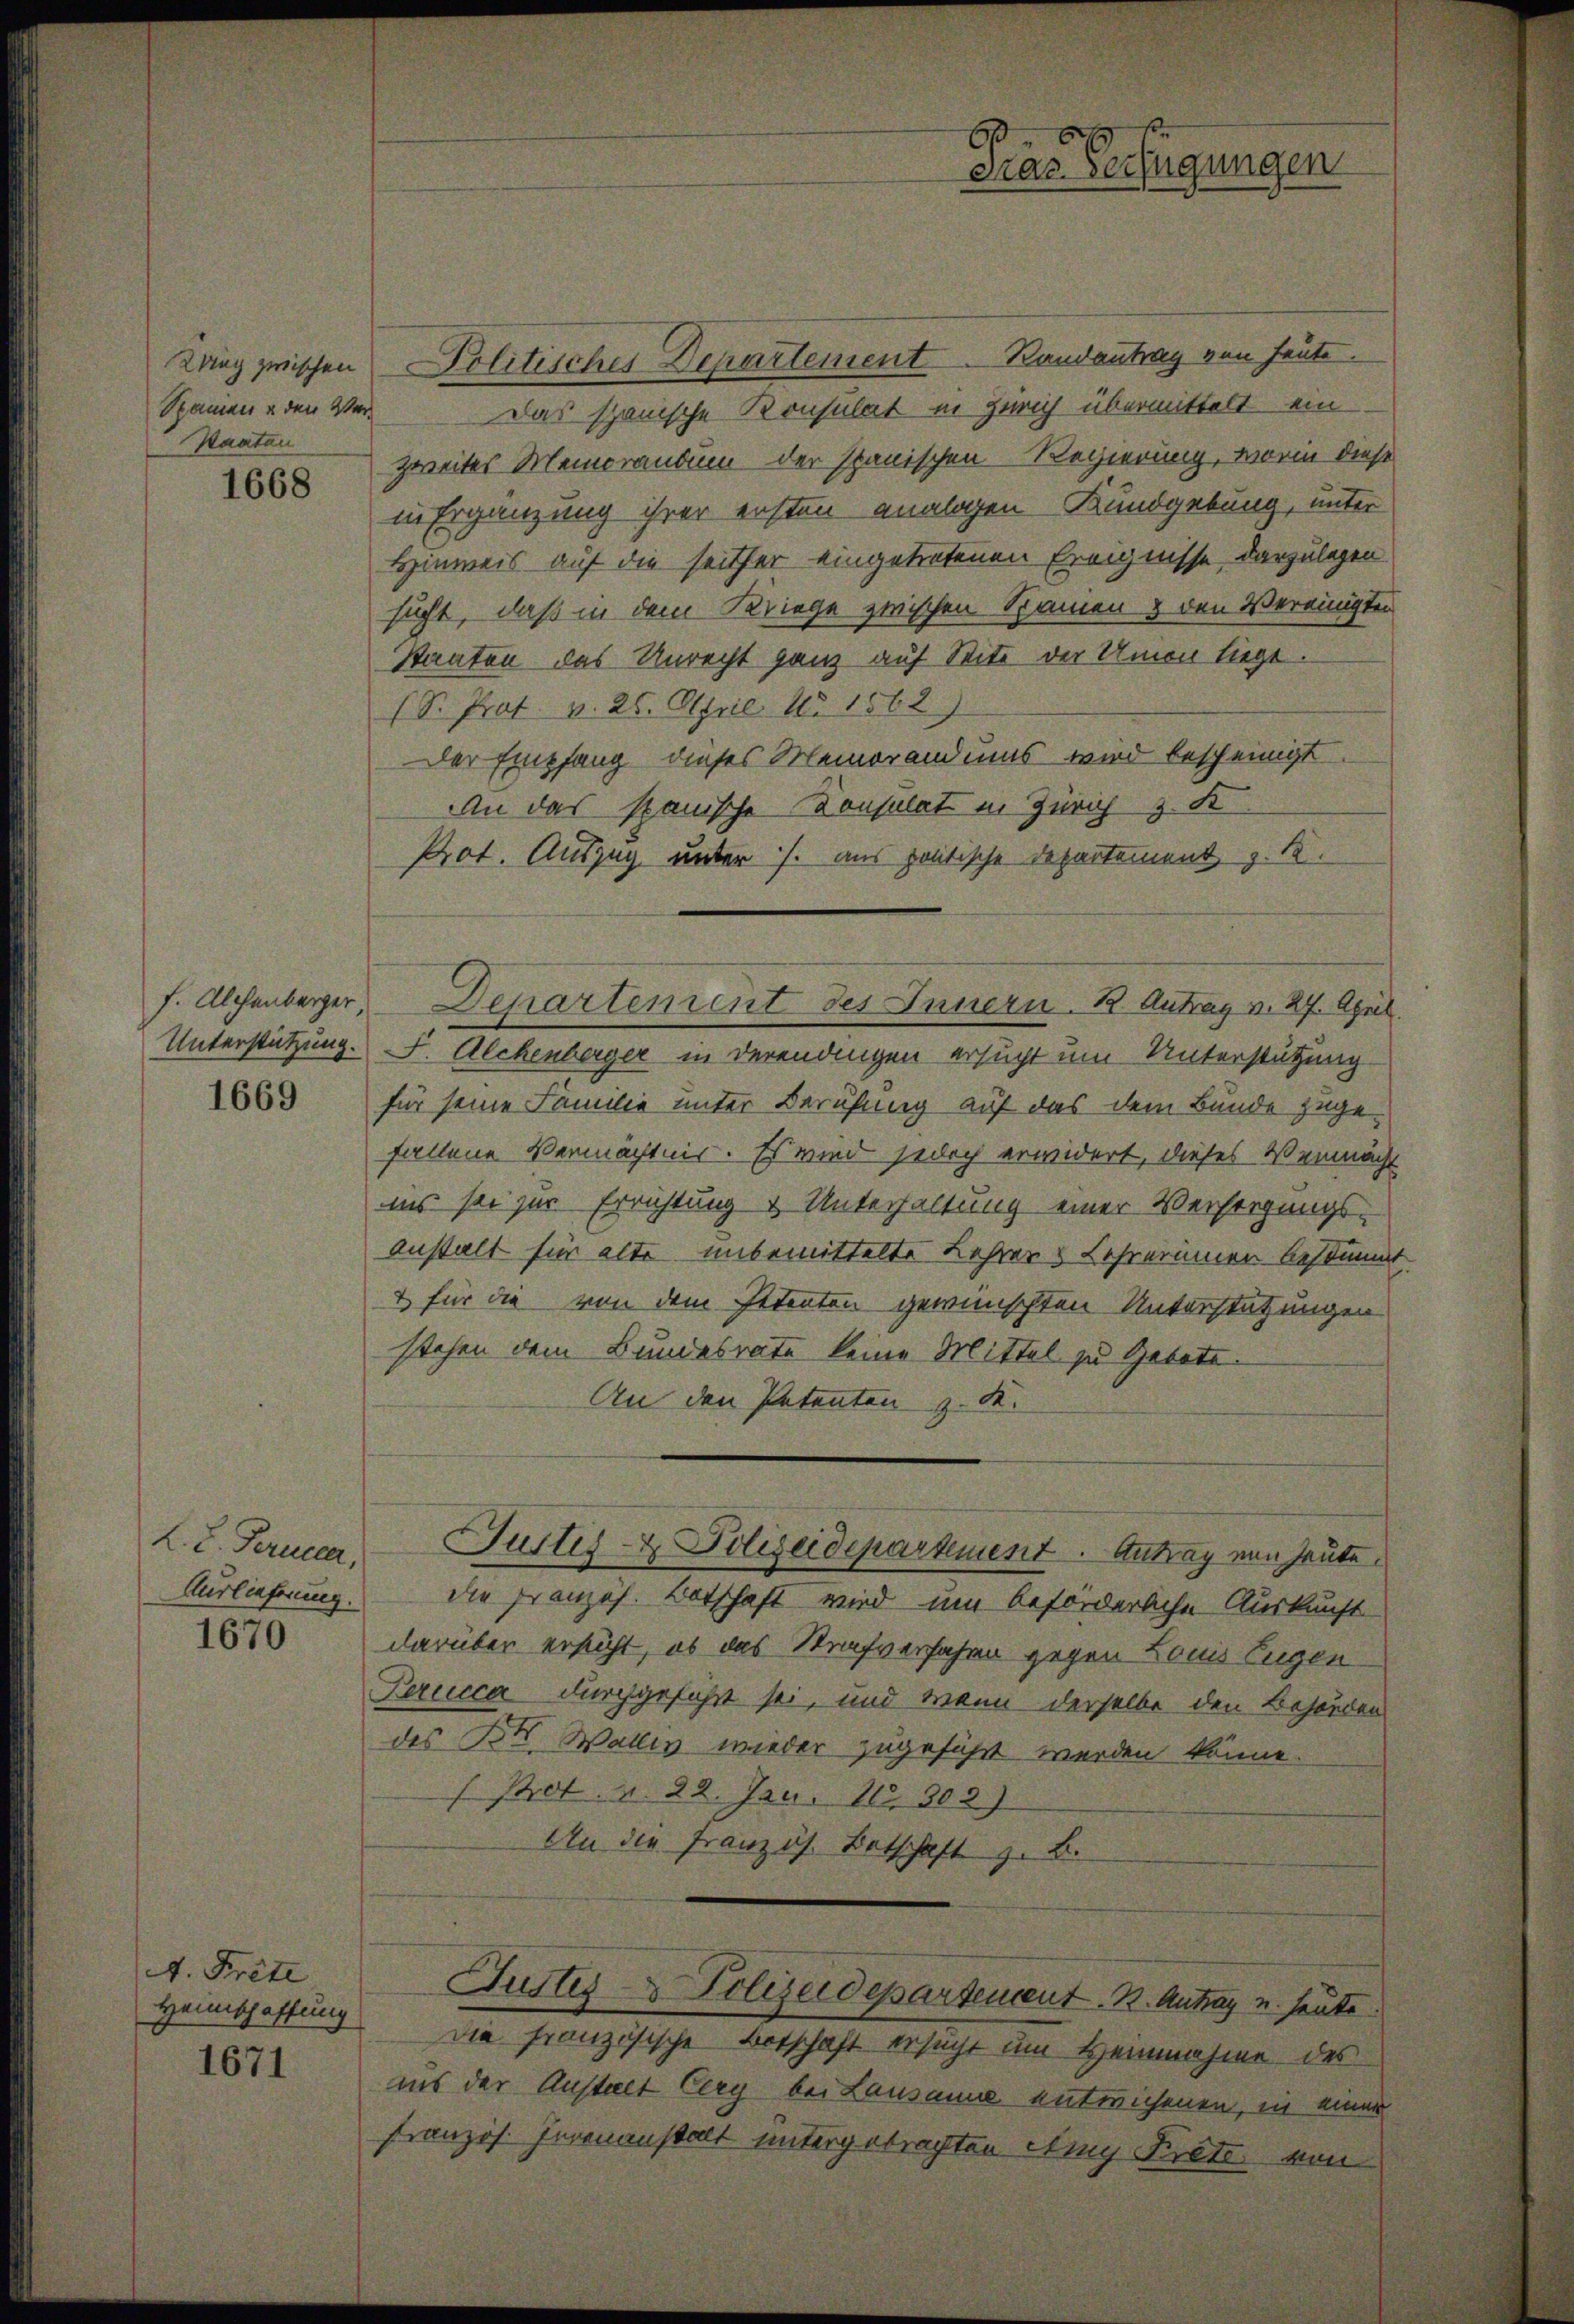
King zwischen
Spanien u den Ver¬
Waatan

1668

f. Alchenberger

1669

L. L. Perucker,
Auslieferung.

1670

4. Prete
Heimschaftung

1671

Politisches Departement Randantrag von heute.
Das spanische Konsulat in Zürich übermittelt ein
zweites Memorandum der spanischen Regierung, worin diese
in Ergänzung ihrer ersten analogen Kundgebung, unter
Hinweis auf die seither eingetretenen Ereignisse, darzulegen
sucht, daß in dem Kriege zwischen Namen & den Vereinigten
Staaten das Unrecht ganz auf Seite der Union liege
(S. Prot. v. 26. April No 1562
Der Empfang dieses Memorandmas wird bescheinigt
An das spanische Konsulat in Zürich z. K
Prot. Auszug unter J. aus poetische Departement z. B.
Departement des Innern. B. Antrag v. 27. April.
Unterstützung. I. Alchenberger in derendingen ersucht um Unterstützung
für seine Familie unter Berufung auf das dem Bunde zugefallene Vermächtnis. Es wird jedoch erwidert, dieses Vermächt
ins sei zur Errichtung & Unterhaltung einer Versorgungs-
anstalt für alte unbemittelte Lehrers Lehrerinner bestimmt.
& für die von dem Petenten gewünschten Unterstützungen
stehen dem Bundesrate keine Mittel zu Gebote
An den Petenten z. K.

die Französ. Botschaft wird um beförderliche Auskunft
darüber ersucht, ob das Strafverfahren gegen Louis Eugen
Perucca durchgeführt sei, und wenn derselbe den Behörden
des B. Wallig wieder zugeführt werden könne.
f Prot. v. 22. Jan. 112. 303)
f
An die Französ. Betschaft z. B.

Tustes- & Polizeidepartement. Antrag von heute.

Justes Polizeidepartement. B. Antrag u. heute.

Die französische Botschaft ersucht um Heinnahme des
ins der Anstalt Cery bei Lausanna entwichenen, in einer
französ. Invenanstalt untergebrachten Atmy Prete von

B
cias Verfügungen